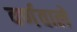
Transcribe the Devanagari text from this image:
वर्णवाले